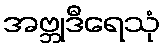
အဗ္ဘုဒီရေသုံ